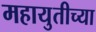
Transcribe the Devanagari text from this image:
महायुतीच्या